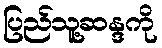
ပြည်သူ့ဆန္ဒကို